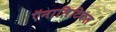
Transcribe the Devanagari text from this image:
ऍनालिटिकल